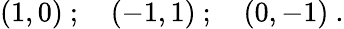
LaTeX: (1,0)\ ;\quad(-1,1)\ ;\quad(0,-1)\ .